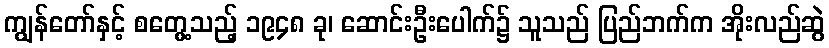
ကျွန်တော်နှင့် စတွေ့သည့် ၁၉၄၈ ခု၊ ဆောင်းဦးပေါက်၌ သူသည် ပြည်ဘက်က အိုးလည်ဆွဲ